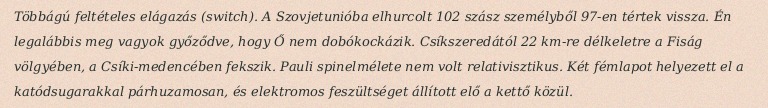
Többágú feltételes elágazás (switch). A Szovjetunióba elhurcolt 102 szász személyből 97-en tértek vissza. Én legalábbis meg vagyok győződve, hogy Ő nem dobókockázik. Csíkszeredától 22 km-re délkeletre a Fiság völgyében, a Csíki-medencében fekszik. Pauli spinelmélete nem volt relativisztikus. Két fémlapot helyezett el a katódsugarakkal párhuzamosan, és elektromos feszültséget állított elő a kettő közül.